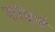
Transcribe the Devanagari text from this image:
कोचर्ब